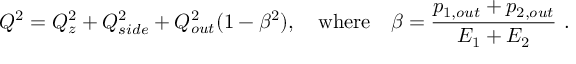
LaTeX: Q ^ { 2 } = Q _ { z } ^ { 2 } + Q _ { s i d e } ^ { 2 } + Q _ { o u t } ^ { 2 } ( 1 - \beta ^ { 2 } ) , \ \ \ \mathrm { { w h e r e } } \ \ \ \beta = \frac { p _ { 1 , o u t } + p _ { 2 , o u t } } { E _ { 1 } + E _ { 2 } } \ .